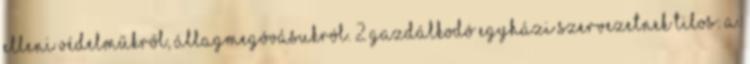
elleni védelműkről, állagmegóvásukról. 2 Gazdálkodó egyházi szervezetnek tilos: a.